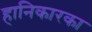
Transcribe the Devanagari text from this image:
हानिकारका